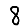
Digit: 8